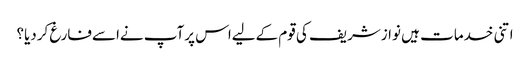
اتنی خدمات ہیں نوازشریف کی قوم کےلیےاس پرآپ نےاسےفارغ کردیا؟